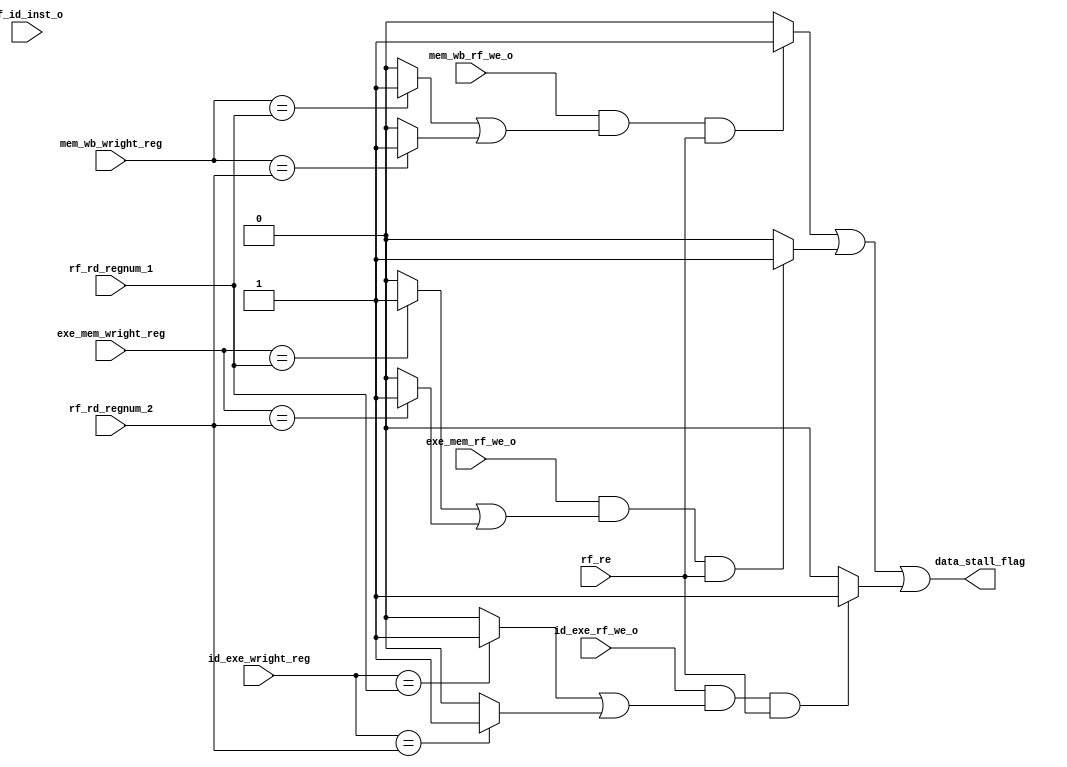
//`include "param.v"


module data_stall_unit(
    input [31:0] if_id_inst_o,
    input [4:0] id_exe_wright_reg,
    input id_exe_rf_we_o,
    input [4:0] exe_mem_wright_reg,
    input exe_mem_rf_we_o,
    input [4:0] mem_wb_wright_reg,
    input mem_wb_rf_we_o,
    input rf_re,
    input [4:0] rf_rd_regnum_1,
    input [4:0] rf_rd_regnum_2, 

    
    output wire data_stall_flag
    );
    
    wire rd1_s3,rd2_s3,rd1_s2,rd2_s2,rd1_s1,rd2_s1;
    assign rd1_s3=(id_exe_wright_reg==rf_rd_regnum_1)?1:0;
    assign rd2_s3=(id_exe_wright_reg==rf_rd_regnum_2)?1:0;
    assign rd1_s2=(exe_mem_wright_reg==rf_rd_regnum_1)?1:0;
    assign rd2_s2=(exe_mem_wright_reg==rf_rd_regnum_2)?1:0;
    assign rd1_s1=(mem_wb_wright_reg==rf_rd_regnum_1)?1:0;
    assign rd2_s1=(mem_wb_wright_reg==rf_rd_regnum_2)?1:0;
    
    wire s3,s2,s1;
    assign s3=rd1_s3|rd2_s3;
    assign s2=rd1_s2|rd2_s2;
    assign s1=rd1_s1|rd2_s1;
    
    wire stall_1cycle_flag;
    wire stall_2cycle_flag;
    wire stall_3cycle_flag;
    
    /*assign stall_1cycle_flag=(mem_wb_rf_we_o&&s1&&mem_wb_rf_re_o)?1:0;
    assign stall_2cycle_flag=(exe_mem_rf_we_o&&s2&&exe_mem_rf_re_o)?1:0;
    assign stall_3cycle_flag=(id_exe_rf_we_o&&s3&&id_exe_rf_re_o)?1:0;*/
    
    assign stall_1cycle_flag=(mem_wb_rf_we_o&&s1&&rf_re)?1:0;
    assign stall_2cycle_flag=(exe_mem_rf_we_o&&s2&&rf_re)?1:0;
    assign stall_3cycle_flag=(id_exe_rf_we_o&&s3&&rf_re)?1:0;

    assign data_stall_flag=stall_1cycle_flag|stall_2cycle_flag|stall_3cycle_flag;
    
    /*
    always@(*)begin
        if(stall_3cycle_flag==1)begin
            data_stall_1cycle_flag=1;
            data_stall_2cycle_flag=1;
            data_stall_3cycle_flag=1;
        end
        else if (stall_2cycle_flag==1) begin
            data_stall_1cycle_flag=1;
            data_stall_2cycle_flag=1;
            data_stall_3cycle_flag=0;
        end
        else if (stall_1cycle_flag==1) begin
            data_stall_flag=1;
        end
        else begin
            data_stall_flag=0;
        end
    end*/
   
    
endmodule